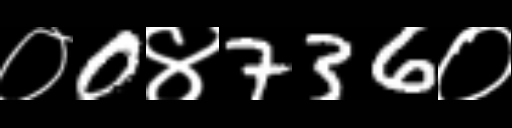
Text: ०0४736०